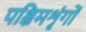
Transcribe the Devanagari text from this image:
पश्चिमशृंगों